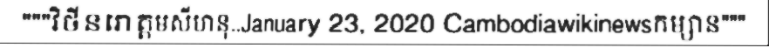
"""វិថីនរោត្តមសីហនុ..January 23, 2020 Cambodiawikinewsកម្សាន"""